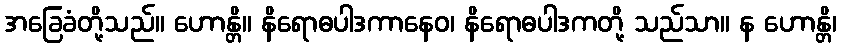
အခြေခံတို့သည်။ ဟောန္တိ။ နိရောဓပါဒကာနေဝ၊ နိရောဓပါဒကတို့ သည်သာ။ န ဟောန္တိ၊